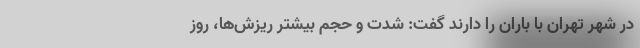
در شهر تهران با باران را دارند گفت: شدت و حجم بیشتر ریزش‌ها، روز